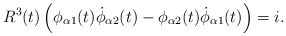
\begin{align*}R^3 (t) \left(\phi_{\alpha 1} (t) \dot{\phi}_{\alpha 2} (t)- \phi_{\alpha 2} (t) \dot{\phi}_{\alpha 1} (t) \right) = i.\end{align*}